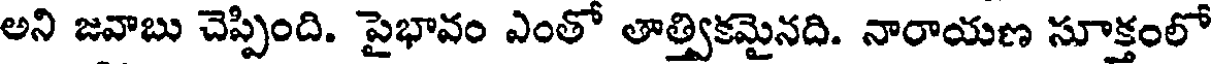
అని జవాబు చెప్పింది. పైభావం ఎంతో లాత్వికమైనది. నారాయణ సూక్తంలో